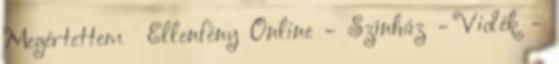
Megértettem Ellenfény Online - Színház - Vidék -